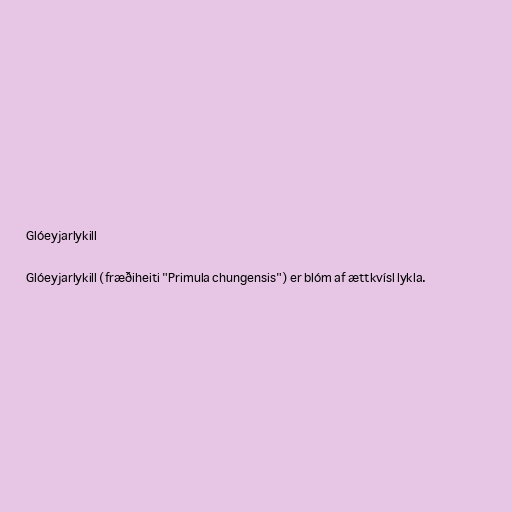
Glóeyjarlykill

Glóeyjarlykill (fræðiheiti "Primula chungensis") er blóm af ættkvísl lykla.